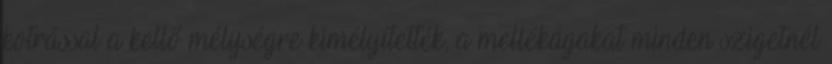
kotrással a kellő mélységre kimélyítették, a mellékágakat minden szigetnél